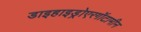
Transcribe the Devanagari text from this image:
डाइहाइड्रोएरगॉटामीन